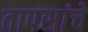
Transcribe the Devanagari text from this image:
तापसांचे